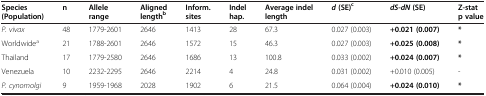
| Species (Population) | n | Allele range | Aligned lengthb | Inform. sites | Indel hap. | Average indel length | d (SE)c | dS-dN (SE) | Z-stat p value |
 | --- | --- | --- | --- | --- | --- | --- | --- | --- | --- |
 | P. vivax | 48 | 1779-2601 | 2646 | 1413 | 28 | 67.3 | 0.027 (0.003) | +0.021 (0.007) | * |
 | Worldwidea | 21 | 1788-2601 | 2646 | 1572 | 15 | 46.3 | 0.027 (0.003) | +0.025 (0.008) | * |
 | Thailand | 17 | 1779-2580 | 2646 | 1686 | 13 | 100.8 | 0.033 (0.002) | +0.024 (0.007) | * |
 | Venezuela | 10 | 2232-2295 | 2646 | 2214 | 4 | 24.8 | 0.031 (0.002) | +0.010 (0.005) | - |
 | P. cynomolgi | 9 | 1959-1968 | 2028 | 1902 | 6 | 21.5 | 0.064 (0.004) | +0.024 (0.010) | * |